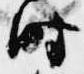
時